Vaccination in Bombay 1902-1912 - 1902-1912
Year: 1902
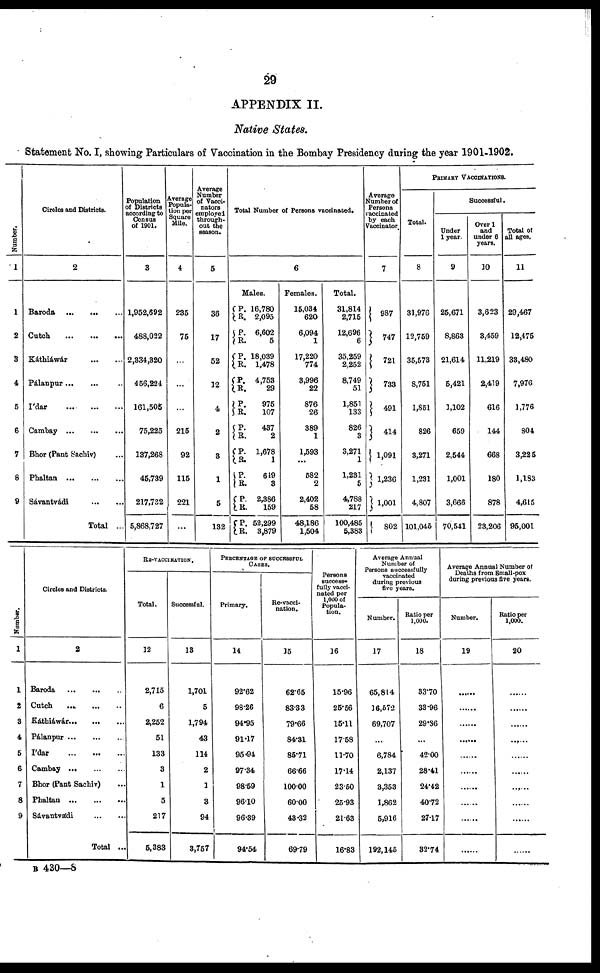
29
APPENDIX II.
Native States.
Statement No. I, showing Particulars of Vaccination in the Bombay Presidency during the year 1901-1902.
Number.
1
1
2
3
4
5
6
7
8
9
Circles and Districts.
2
Baroda ...
... ...
Cutch
...
...
...
Káthiáwár
...
...
Pálanpur... ... ...
I'dar
...
...
...
Cambay
...
...
...
Bhor (Pant Sachiv) ...
Phaltan
...
...
...
Sávantvádi
...
...
Total ...
Population
of Districts
according to
Census
of 1901.
3
1,952,692
488,022
2,334,320
456,224
161,505
75,225
137,268
45,739
217,732
5,868,727
Average
Popula-
tion per
Square
Mile.
4
235
75
...
...
...
215
92
115
221
...
Average
Number
of Vacci¬
nators
employed
through-
out the
season.
5
36
17
52
12
4
2
3
1
5
132
Total Number of Persons vaccinated.
6
Males.
P.
R.
P.
R.
P.
R.
P.
R.
P.
R.
P.
R.
P.
R.
P.
R.
P.
R.
P.
R.
16,780
2,095
6,602
5
18,039
1,478
4,753
29
975
107
437
2
1,678
1
649
3
2,386
159
52,299
3,879
Females.
15,034
620
6,094
1
17,220
774
3,996
22
876
26
389
1
1,593
...
582
2
2,402
58
48,186
1,504
Total.
31,814
2,715
12,696
6
35,259
2,252
8,749
51
1,851
133
826
3
3,271
1
1,231
5
4,788
217
100,485
5,383
Average
Number of
Persons
vaccinated
by each
Vacoinators
7
987
747
721
733
491
414
1,091
1,236
1,001
802
PRIMARY VACCINATIONS.
Total.
8
31,976
12,759
35,573
8,751
1,851
826
3,271
1,231
4,807
101,045
Successful.
Under
1 year.
9
25,671
8,863
21,614
5,421
1,102
659
2,544
1,001
3,666
70,541
Over 1
and
under 6
years.
10
3,623
3,459
11,219
2,419
616
144
668
180
878
23,206
Total of
all ages.
11
29,467
12,475
33,480
7,976
1,776
804
3,225
1,183
4,615
95,001
Number.
1
1
2
3
4
5
6
7
8
9
Circles and Districts.
2
Baroda
...
...
...
Catch
...
...
...
Káthiáwár
...
...
...
Pálanpur
...
...
...
I'dar
...
...
...
Cambay
...
...
...
Bhor (Pant Sachiv) ...
Phaltan
...
...
...
Sávantvádi
...
...
Total ...
RE-VACCINATION.
Total.
12
2,715
6
2,252
51
133
3
1
5
217
5,383
Successful.
13
1,701
5
1,794
43
114
2
1
3
94
3,757
PERCENTAGE OF SUCCESSFUL
CASES.
Primary.
14
92.62
98.26
94.95
91.17
95.94
97.34
98.59
96.10
96.39
94.54
Re-vacci-
nation.
15
62.65
83.33
79.66
84.31
85.71
66.66
100.00
60.00
43.32
69.79
Persons
success-
fully vacci-
nated per
1,000 of
Popula-
tion.
16
15.96
25.56
15.11
17.58
11.70
17.14
23.50
25.93
21.63
16.83
Average Annual
Number of
Persons successfully
vaccinated
during previous
five years.
Number.
17
65,814
16,572
69,707
...
6,784
2,137
3,353
1,862
5,916
192,145
Ratio per
1,000.
18
33.70
33.96
29.86
...
42.00
28.41
24.42
40.72
27.17
32.74
Average Annual Number of
Deaths from Small-pox
during previous five years.
Number.
19
......
......
......
......
......
......
......
......
......
......
Ratio per
1,000.
20
......
......
......
......
......
......
......
......
......
......
B 430—8